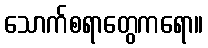
သောက်စရာတွေကရော။